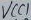
Text: VCC1